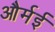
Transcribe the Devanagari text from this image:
और्मई